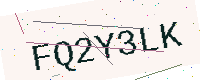
Text: FQ2Y3LK